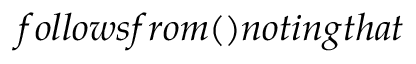
f o l l o w s f r o m ( ) n o t i n g t h a t